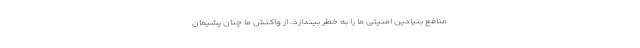
منافع بنیادین امنیتی ما را به خطر بیندازد، از واکنش ما چنان پشیمان